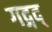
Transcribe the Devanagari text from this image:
गद्गद्